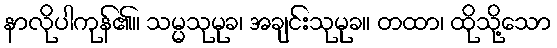
နာလိုပါကုန်၏။ သမ္မသုမုခ၊ အချင်းသုမုခ။ တထာ၊ ထိုသို့သော